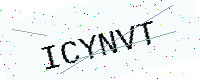
Text: ICYNVT